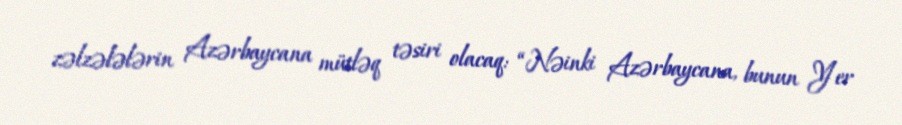
zəlzələlərin Azərbaycana mütləq təsiri olacaq: “Nəinki Azərbaycana, bunun Yer